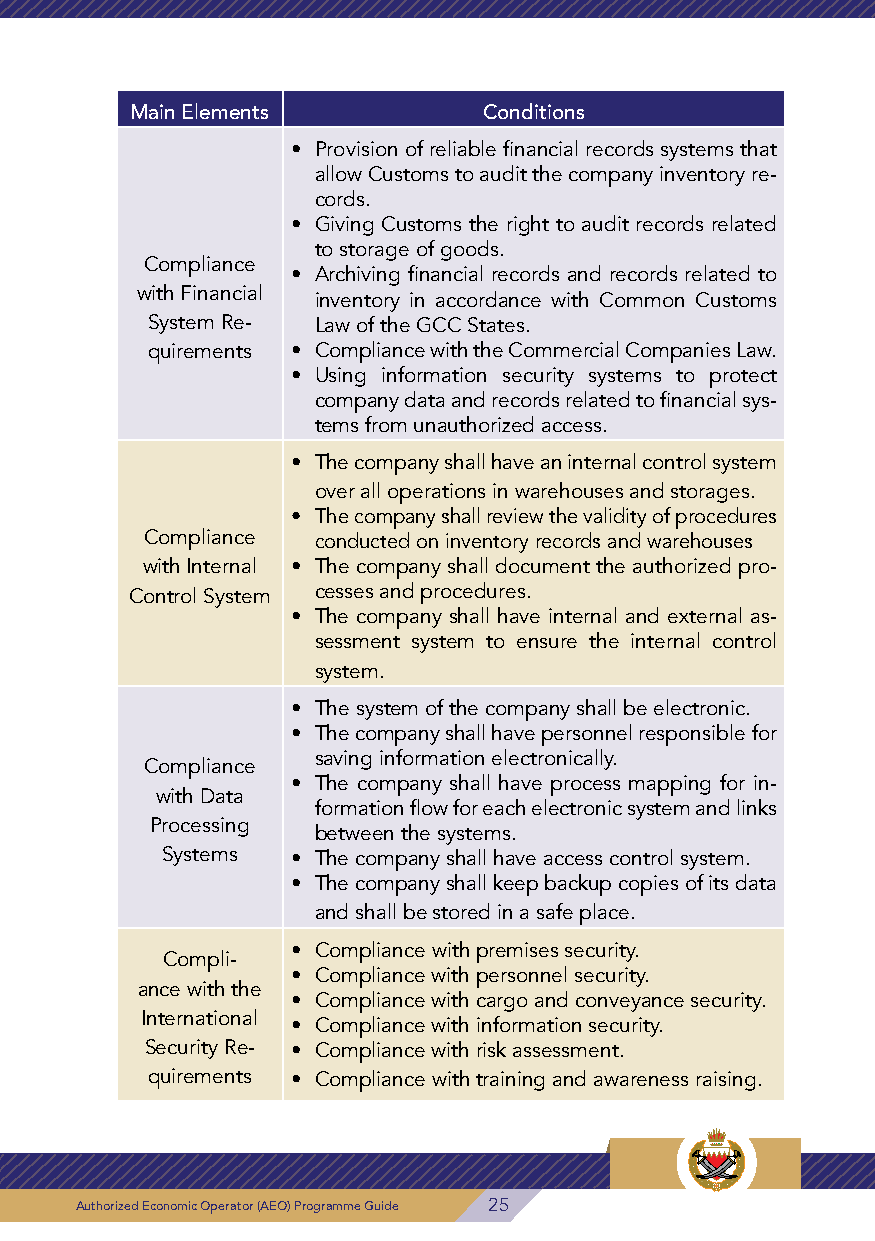
5- Clearance Offices Scope
 Main Elements          Conditions
 Main Elements Conditions • Provision of reliable financial records systems that
 allow Customs to audit the company inventory re-
 • Company establishment period: Shall not be less cords.
 than 5 years.      • Giving Customs the right to audit records related
 • Clearing agent or agent representative of the to storage of goods.
 Compliance
 company shall be present around the clock (24/7) • Archiving financial records and records related to
 with Financial
 or on official holidays at Customs borders that op- inventory in accordance with Common Customs
 erate around the clock. System Re- Law of the GCC States.
 • The company shall take necessary measures on quirements • Compliance with the Commercial Companies Law.
 the delegators to accept clearing their goods after • Using information security systems to protect
 ensuring the safety of their activity. company data and records related to financial sys-
 • Number of employees of the company: Shall not tems from unauthorized access.
 be less than 10 employees of which 5 of them are
 • The company shall have an internal control system
 holding clearance licenses.
 over all operations in warehouses and storages.
 • The compliance rate of the delegators of the com-
 • The company shall review the validity of procedures
 pany shall be more than 90%.
 Compliance conducted on inventory records and warehouses
 • Clearance volume: Shall not be less than 1000 cus-
 with Internal • The company shall document the authorized pro-
 Compliance toms declarations during the previous two years.
 Control System cesses and procedures.
 • The company shall achieve a compliance rate of
 with Basic Cus-    • The company shall have internal and external as-
 90% or higher of the modified declarations within
 toms Require-        sessment system to ensure the internal control
 two years.
 ments • The company shall not commit customs offences system.
 within two years from the date of application, as • The system of the company shall be electronic.
 follows:           • The company shall have personnel responsible for
 ◆◆Committing customs offences worth more than saving information electronically.
 Compliance
 BD 500             • The company shall have process mapping for in-
 with Data
 or                   formation flow for each electronic system and links
 • Offence value exceeds 10% of the declared value Processing between the systems.
 of goods   Systems • The company shall have access control system.
 ◆◆Committing material offences related to pro- • The company shall keep backup copies of its data
 hibited or restricted goods
 and shall be stored in a safe place.
 ◆◆Committing offences related to control bodies
 • Good conduct of owners of the company and au- • Compliance with premises security.
 Compli-
 thorized signatories. • Compliance with personnel security.
 ance with the
 • Meeting the requirements stated in compliance • Compliance with cargo and conveyance security.
 International
 assessment form according to the company activ- • Compliance with information security.
 ity.      Security Re- • Compliance with risk assessment.
 quirements • Compliance with training and awareness raising.
 26 Authorized Economic Operator (AEO) Programme Guide Authorized Economic Operator (AEO) Programme Guide 25